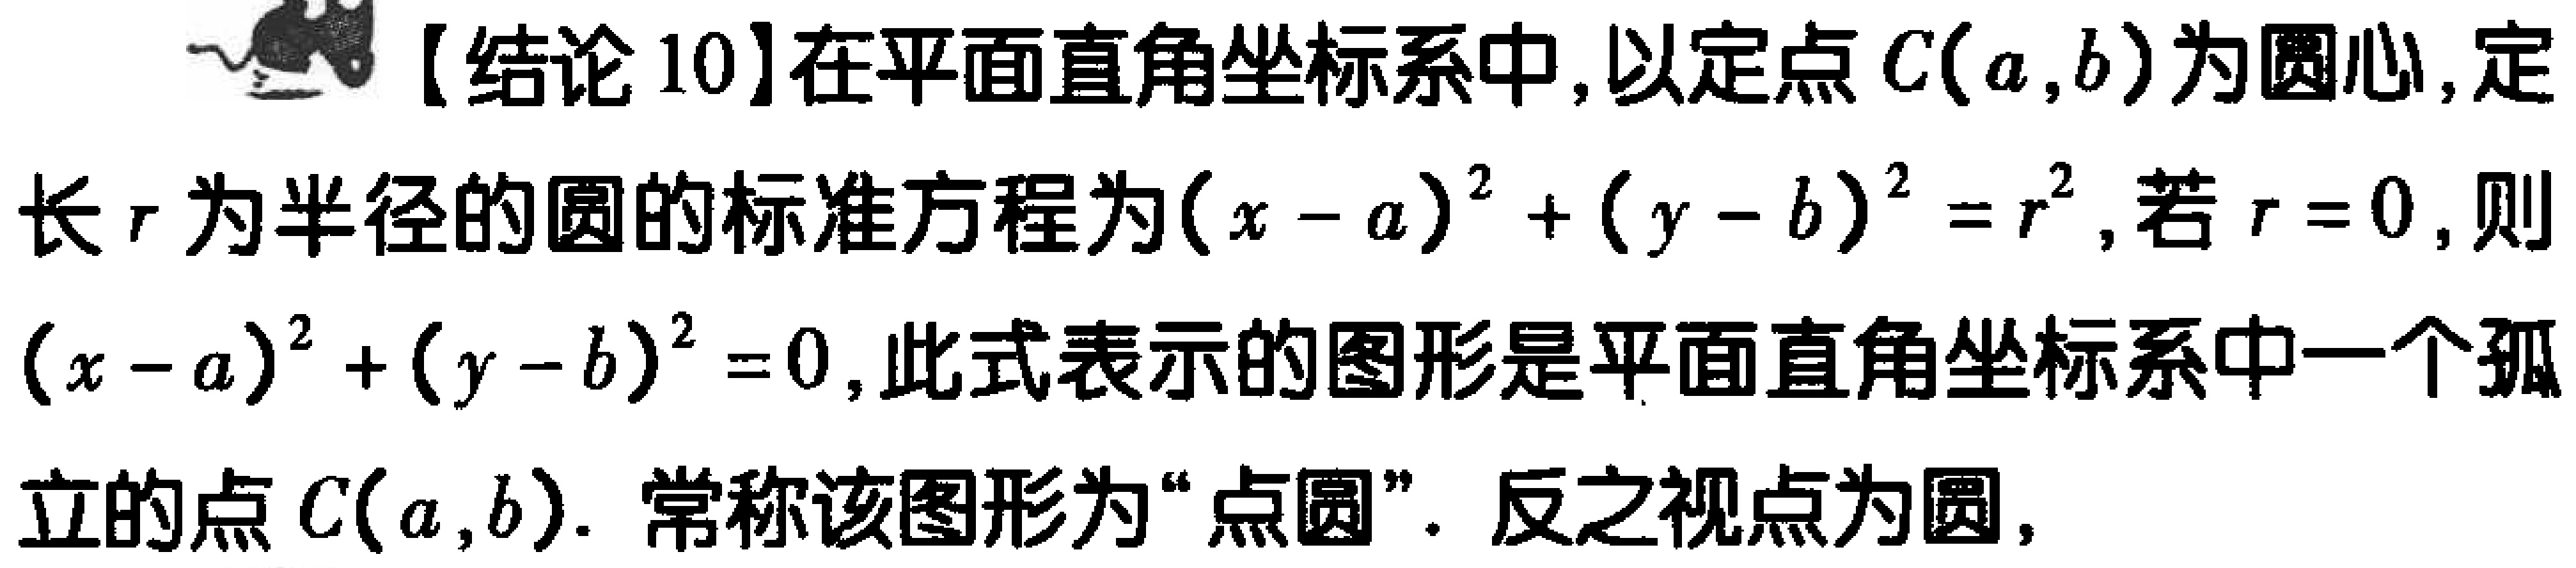
【结论10】在平面直角坐标系中，以定点\(C(a,b)\)为圆心，定长\(r\)为半径的圆的标准方程为\((x - a)^2 + (y - b)^2 = r^2\)，若\(r = 0\)，则\((x - a)^2 + (y - b)^2 = 0\)，此式表示的图形是平面直角坐标系中一个孤立的点\(C(a,b)\)。常称该图形为“点圆”。反之视点为圆，